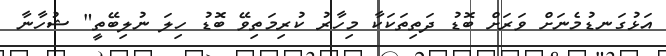
އަޅުގަނޑުމެނަށް ވަރަށް ބޮޑު ދަތިތަކަކާ މިހާރު ކުރިމަތިވޭ ބޮޑު ހިލަ ނުލިބޭތީ" ޝުހާނާ